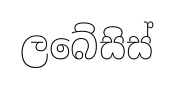
ලබේසිස්